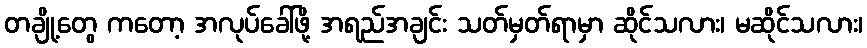
တချို့တွေ ကတော့ အလုပ်ခေါ်ဖို့ အရည်အချင်း သတ်မှတ်ရာမှာ ဆိုင်သလား၊ မဆိုင်သလား၊